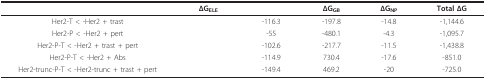
<table><thead><tr><td>[EMPTY_CELL]</td><td><b>ΔG<sub>ELE</sub></b></td><td>[EMPTY_CELL]</td><td><b>ΔG<sub>GB</sub></b></td><td><b>ΔG<sub>NP</sub></b></td><td><b>Total ΔG</b></td></tr></thead><tbody><tr><td>Her2-T &lt; -Her2 + trast</td><td>[EMPTY_CELL]</td><td>-116.3</td><td>-197.8</td><td>-14.8</td><td>-1,144.6</td></tr><tr><td>Her2-P &lt; -Her2 + pert</td><td>[EMPTY_CELL]</td><td>-55</td><td>-480.1</td><td>-4.3</td><td>-1,095.7</td></tr><tr><td>Her2-P-T &lt; -Her2 + trast + pert</td><td>[EMPTY_CELL]</td><td>-102.6</td><td>-217.7</td><td>-11.5</td><td>-1,438.8</td></tr><tr><td>Her2-P-T &lt; -Her2 + Abs</td><td>[EMPTY_CELL]</td><td>-114.9</td><td>730.4</td><td>-17.6</td><td>-851.0</td></tr><tr><td>Her2-trunc-P-T &lt; -Her2-trunc + trast + pert</td><td>[EMPTY_CELL]</td><td>-149.4</td><td>469.2</td><td>-20</td><td>-725.0</td></tr></tbody></table>